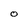
Character: O